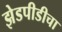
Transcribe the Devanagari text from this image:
झेडपीडीचा